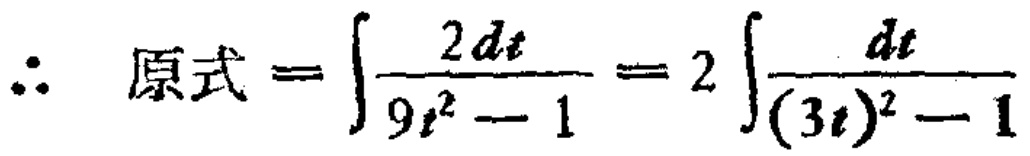
\(\therefore 原式=\int\frac{2dt}{9t^{2}-1}=2\int\frac{dt}{(3t)^{2}-1}\)